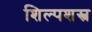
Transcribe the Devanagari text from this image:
शिल्पशस्त्र